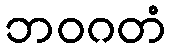
ဘဝဂတံ